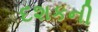
દશકની